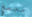
مجمع